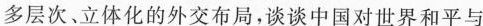
多层次、立体化的外交布局，谈谈中国对世界和平与